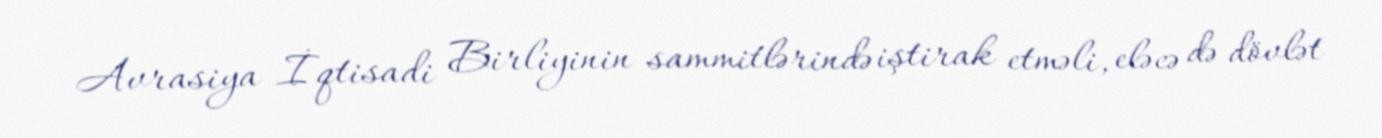
Avrasiya İqtisadi Birliyinin sammitlərində iştirak etməli, eləcə də dövlət